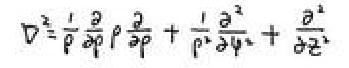
\[ \nabla^{2}=\frac{1}{\rho} \frac{\partial}{\partial \rho} \rho \frac{\partial}{\partial \rho}+\frac{1}{\rho^{2}} \frac{\partial^{2}}{\partial \varphi^{2}}+\frac{\partial^{2}}{\partial z^{2}} \]